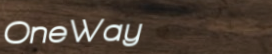
OneWay